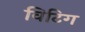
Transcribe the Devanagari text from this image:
विटिग